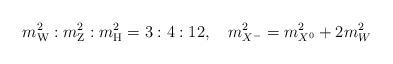
LaTeX: \begin{align*}m_{\rm W}^2:m_{\rm Z}^2:m_{\rm H}^2=3:4:12,\quad m^2_{X^-}=m^2_{X^0}+2m^2_W\end{align*}